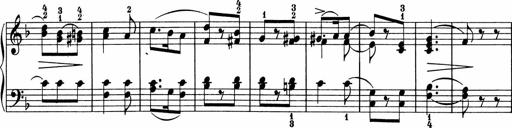
Title: 5 Sonatinen fÃ¼r die Jugend
Composer: Carl Reinecke